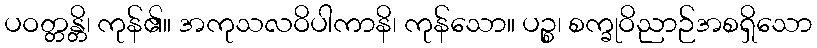
ပဝတ္တန္တိ၊ ကုန်၏။ အကုသလဝိပါကာနိ၊ ကုန်သော။ ပဉ္စ၊ စက္ခုဝိညာဉ်အစရှိသော